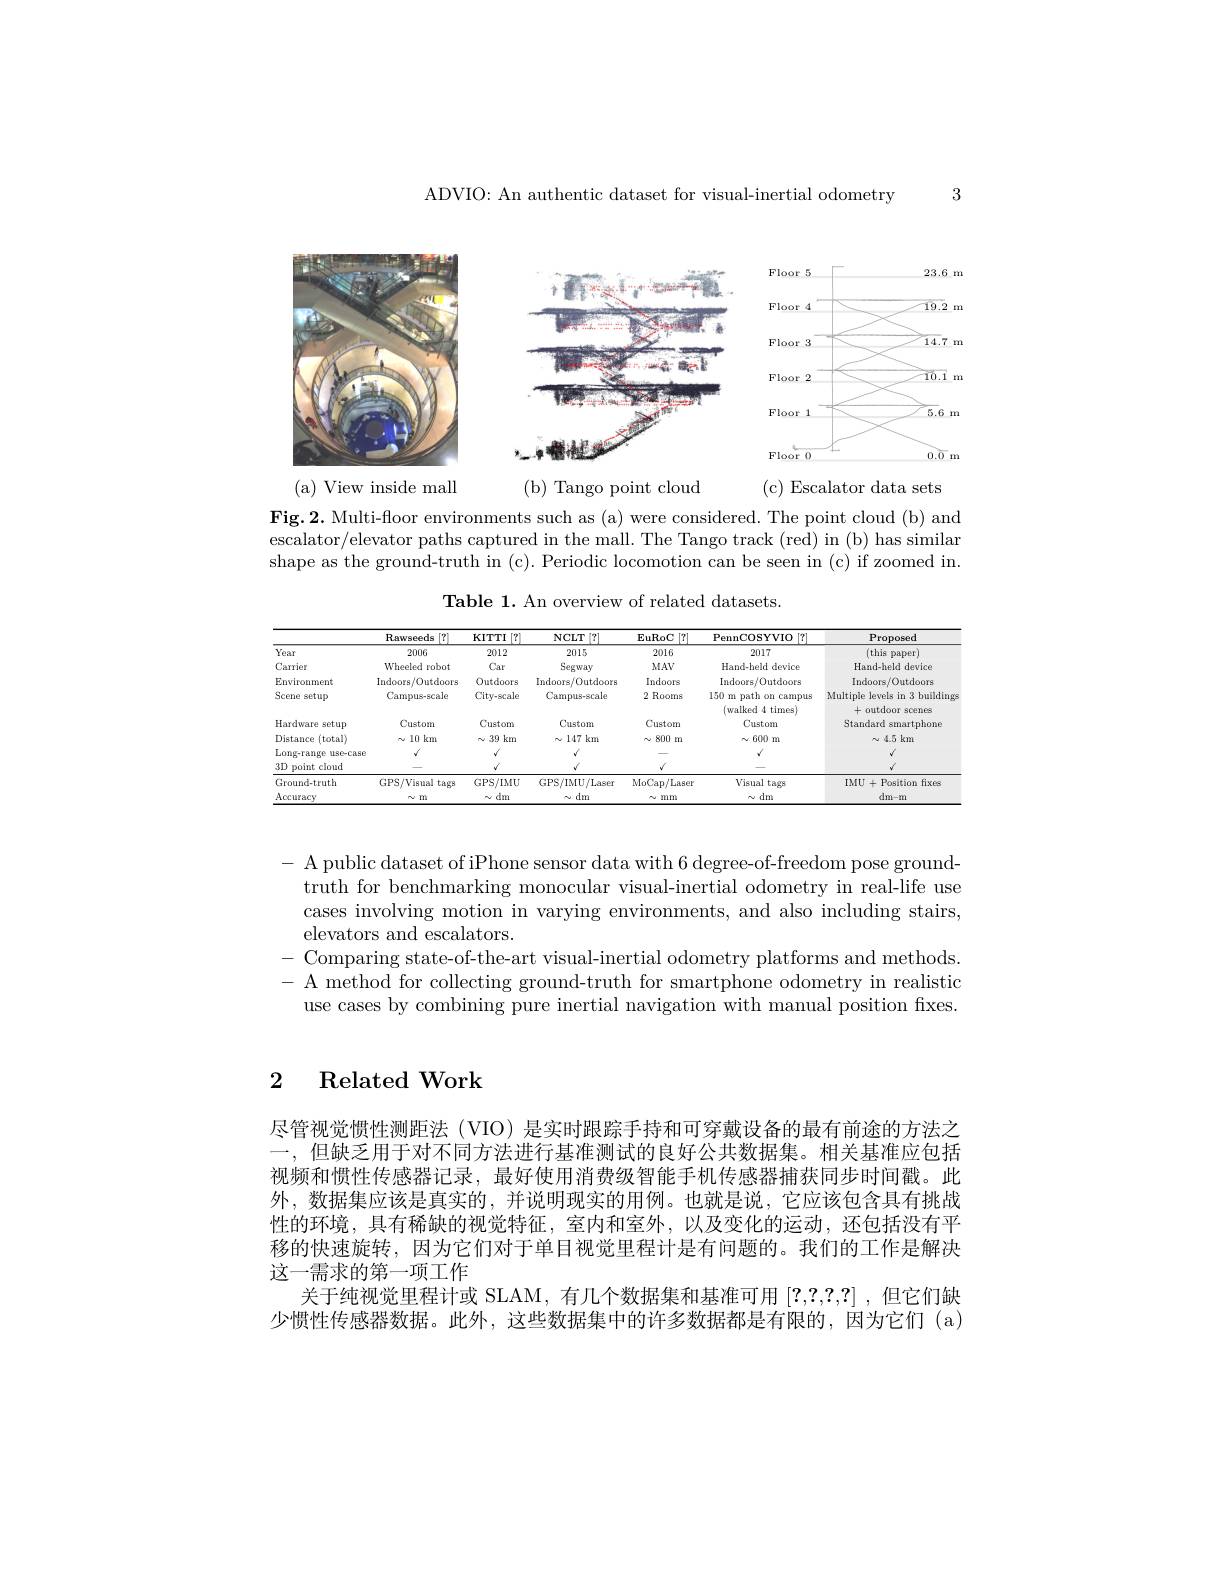
3

ADVIO: An authentic dataset for visual-inertial odometry

<FigureHere>

( a) View inside mall

( c) Escalator data sets

( b) Tango point cloud

Fig.2. Multi-floor environments such as (a) were considered. The point cloud (b) and escalator/elevator paths captured in the mall. The Tango track (red) in (b) has similar shape as the ground-truth in (c). Periodic locomotion can be seen in (c) if zoomed in.

Table 1. An overview of related datasets.

<table>
	<tbody>
		<tr>
			<th> </th>
			<th>Rawseeds $\lceil7\rceil$</th>
			<th>$KITTI$ [7]</th>
			<th>NCLT [7]</th>
			<th>$\mathbf{EuRoC}$ [7]</th>
			<th>PennCOSYVIO $\lceil7\rceil$</th>
			<th>Proposed</th>
		</tr>
		<tr>
			<td>Year</td>
			<td>2006</td>
			<td>2012</td>
			<td>2015</td>
			<td>2016</td>
			<td>2017</td>
			<td>(this paper)</td>
		</tr>
		<tr>
			<td>Carrier</td>
			<td>Wheeled robot</td>
			<td>Car</td>
			<td>Segway</td>
			<td>$MAV$</td>
			<td>Hand-held device</td>
			<td>Hand-held device</td>
		</tr>
		<tr>
			<td>Environment</td>
			<td>Indoors/Outdoors</td>
			<td>Outdoors</td>
			<td>Indoors/Outdoors</td>
			<td>Indoors</td>
			<td>Indoors/Outdoors</td>
			<td>Indoors/Outdoors</td>
		</tr>
		<tr>
			<td>Scene setup</td>
			<td>Campus-scale</td>
			<td>City-scale</td>
			<td>Campus-scale</td>
			<td>2 Rooms</td>
			<td>150 m path on campus (walked 4 times)</td>
			<td>Multiple levels in 3 building +outdoor scenes</td>
		</tr>
		<tr>
			<td>Hardware setup</td>
			<td>Custom</td>
			<td>Custom</td>
			<td>Custom</td>
			<td>Custom</td>
			<td>Custom</td>
			<td>Standard smartphone</td>
		</tr>
		<tr>
			<td>Distance $(total)$</td>
			<td>$\sim10$ km</td>
			<td>39 km N</td>
			<td>$\sim147$ km</td>
			<td>$\sim800$ 11 m</td>
			<td>$\sim600$ m</td>
			<td>$\sim4.5km$</td>
		</tr>
		<tr>
			<td>Long-range use-case</td>
			<td>$v^*$</td>
			<td>$√$</td>
			<td> </td>
			<td> </td>
			<td> </td>
			<td> </td>
		</tr>
		<tr>
			<td>$3D$ point cloud</td>
			<td> </td>
			<td>$v$</td>
			<td>1</td>
			<td>$√$</td>
			<td> </td>
			<td>$v$</td>
		</tr>
		<tr>
			<td>Ground-truth</td>
			<td>GPS/Visual tags</td>
			<td>GPS/IMU</td>
			<td>GPS/IMU/Laser</td>
			<td>MoCap/Laser</td>
			<td>Visual tags</td>
			<td>IMU + Position fixes</td>
		</tr>
		<tr>
			<td>Accuracy</td>
			<td>$N$ $-m$</td>
			<td>dm N</td>
			<td>$\cdot$dm $N$</td>
			<td>$N$ mm 1</td>
			<td>$\sim\dim$</td>
			<td>$dm-m$</td>
		</tr>
	</tbody>
</table>

$-{\mathrm{~A~public~dataset~of~iPhone~sensor~data~with~6~degree-of-freedom~pose~ground-}}$
truth for benchmarking monocular visual-inertial odometry in real-life use cases involving motion in varying environments, and also including stairs, elevators and escalators.
Comparing state-of-the-art visual-inertial odometry platforms and methods A method for collecting ground-truth for smartphone odometry in realistic use cases by combining pure inertial navigation with manual position fxes.

## 2 Related Work

尽管视觉惯性测距法(VIO) 是实时跟踪手持和可穿戴设备的最有前途的方法之一，但缺乏用于对不同方法进行基准测试的良好公共数据集。相关基准应包括视频和惯性传感器记录，最好使用消费级智能手机传感器捕获同步时间戳。此外，数据集应该是真实的，并说明现实的用例。也就是说，它应该包含具有挑战性的环境，具有稀缺的视觉特征，室内和室外，以及变化的运动，还包括没有平移的快速旋转，因为它们对于单目视觉里程计是有问题的。我们的工作是解决这一需求的第一项工作
关于纯视觉里程计或 SLAM, 有几个数据集和基准可用[?,?,?,?,?] ,但它们缺少惯性传感器数据。此外，这些数据集中的许多数据都是有限的，因为它们(a)